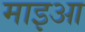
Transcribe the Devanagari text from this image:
माइआ